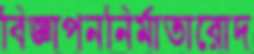
বিজ্ঞাপননির্মাতারোদ